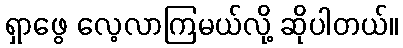
ရှာဖွေ လေ့လာကြမယ်လို့ ဆိုပါတယ်။